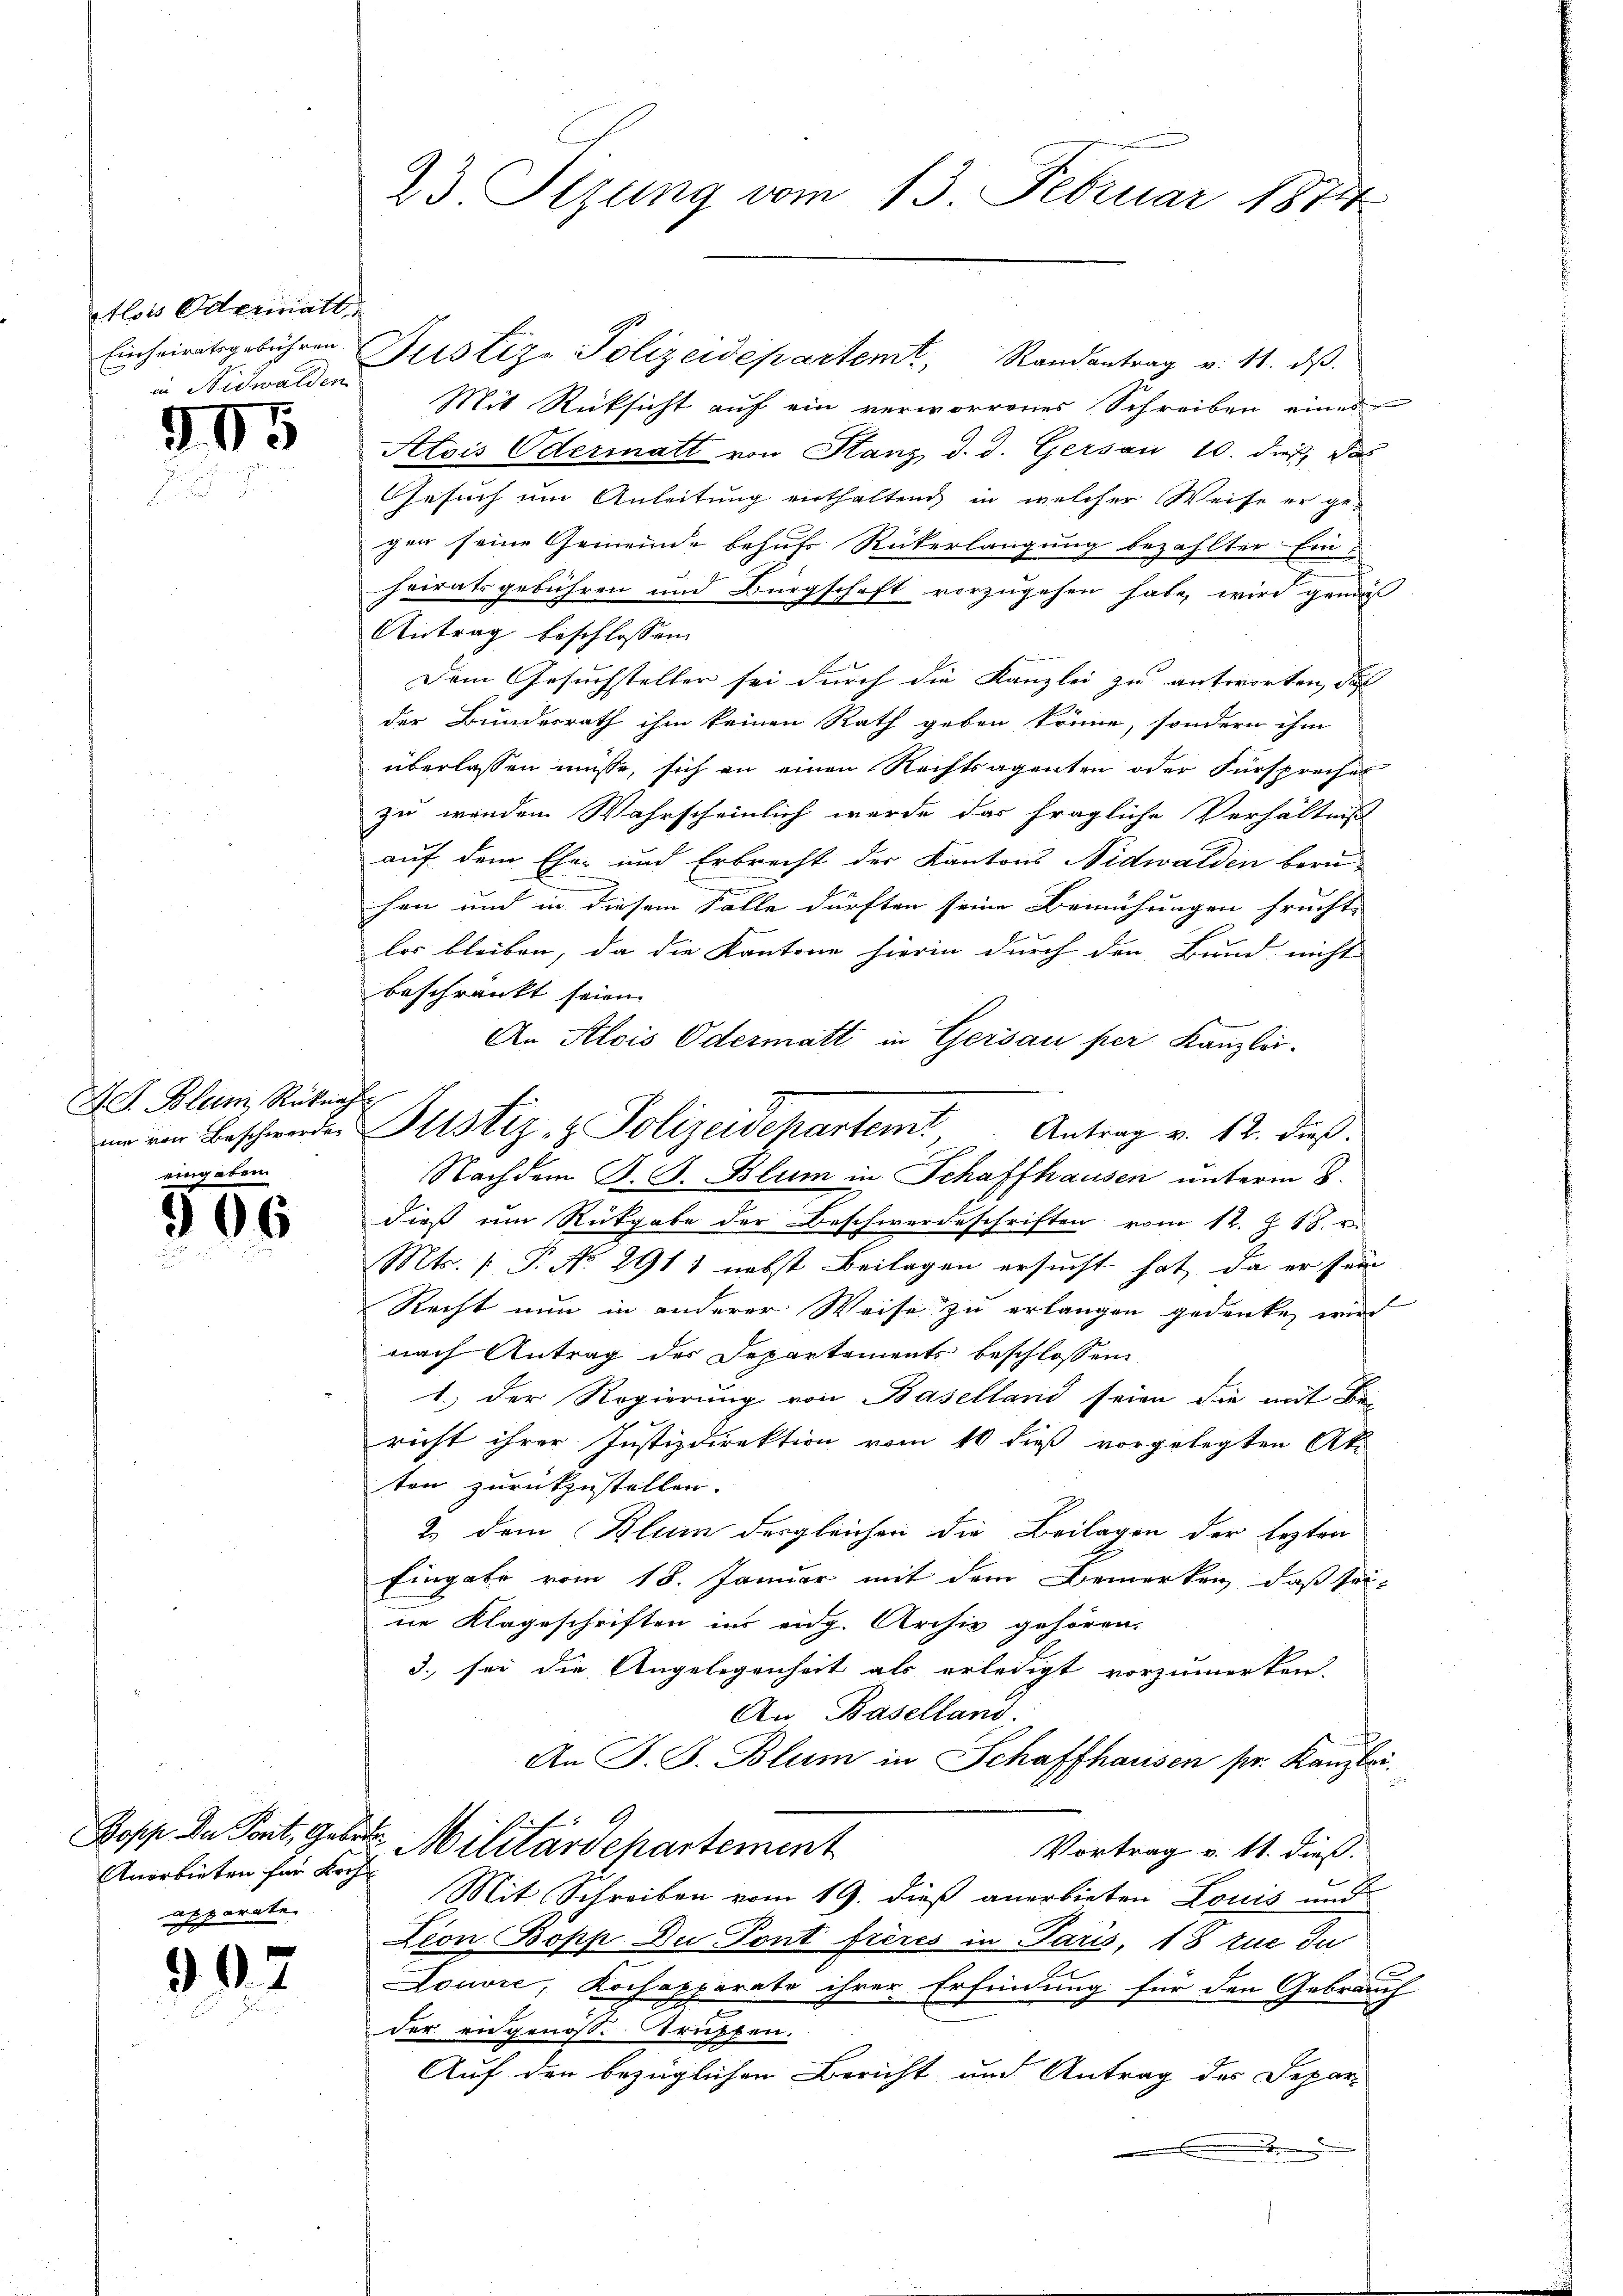
Alois Odermatt
in Nidwalden

245

D. J. Blum Rückna
nie von Beschwerde

556

Anerbieten für Koch
apparate.

902

23. Setzung vom 13. Februar 1871

Einheiratsgebühren Justiz- Polizeidepartem Randantrag v. 11. dβ.
Mit Rücksicht auf ein verworrenes Schreiben eines
Alois Odermatt von Stanz d. d. Gersau 10. dieß, das
Gesuch um Anleitung enthaltend in welcher Weise er ge-
gen seine Gemeinde behufs Rükerlangung bezahlter Einheiratsgebühren und Bürgschaft vorzugehen habe, wird gemäß
Antrag beschlossen:
Dem Gesuchsteller sei durch die Kanzlei zu antworten, daß
der Bundesrath ihm keinen Rath geben könne, sondern ihm
überlassen müsse, sich an einen Rechtsagenten oder Fürsprechen
zu wenden Wahrscheinlich werde das fragliche Verhältniß
auf dem Ehe- und Erbrecht der Kantons Nidwalden beruhen und in diesem Falle dürften seine Bemühungen fruchte
los bleiben, da die Kantone hierin durch den Bund nicht
beschränkt seien.
An Alois Odermatt in Gersau per Kanzlei.
Nachdem B. G. Blum in Schaffhausen unterm 8.
dieß um Rückgabe der Beschwerdeschriften vom 12. Z. 18. v
Mts. 1. P. No. 2911 nebst Beilagen ersucht hat, da er sein
Recht nun in anderer Weise zu erlangen gedenken wird
nach Antrag des Departements beschlossen
1.) Der Regierung von Baselland seien die mit Be-
richt ihrer Justizdirektion vom 10 dieß vorgelegten Ak
ten zurückzustellen.
2.) dem Blum dergleichen die Beilagen der lezten
Eingabe vom 18. Januar mit dem Bemerken, daß sei-
ne Klageschriften im eidg. Archiv gehören,
3. sei die Angelegenheit als erledigt vorzumerken.
An Baselland.
An J. J. Blum in Schaffhausen pr. Kanzlei.
x
Popp Da Pont, Gebet. Militärdepartement
Vortrag v. 11. dieß.
Mit Schreiben vom 19. dieß anerbieten Louis und
tion Bopp Du Pont frères in Paris, 18 zue du
Louvić, Kochapparate ihrer Erfindung für den Gebrauch
der angenoße Strichten.
Auf den bezüglichen Bericht und Antrag des Depar-
.

d
Justiz- & Polizeidepartem Antrag v. 12. dieβ.